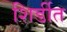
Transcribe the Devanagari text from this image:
शिर्डीत